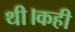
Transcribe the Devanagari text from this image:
थी।कही